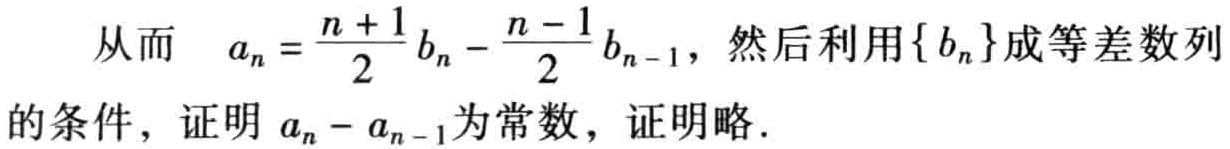
从而 \(a_{n}=\frac{n + 1}{2}b_{n}-\frac{n - 1}{2}b_{n - 1}\)，然后利用\(\{ b_{n}\}\)成等差数列的条件，证明 \(a_{n}-a_{n - 1}\)为常数，证明略.